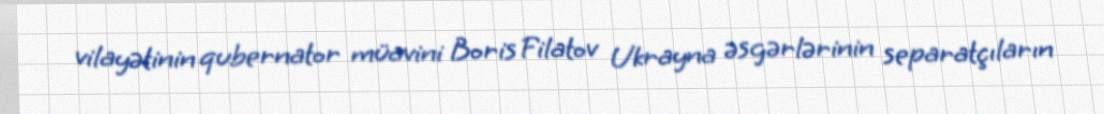
vilayətinin qubernator müavini Boris Filatov Ukrayna əsgərlərinin separatçıların